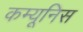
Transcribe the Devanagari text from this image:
कम्यूनिस